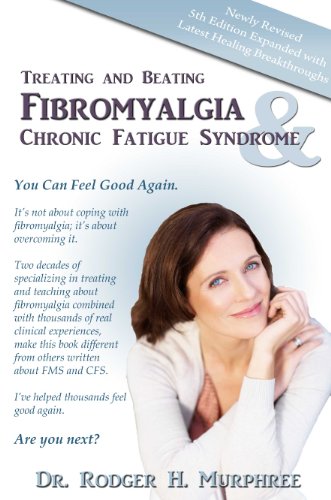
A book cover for Treating and Beating Fibromyalgia and Chronic Fatigue Syndrome; Rodger H. Murphree; Health, Fitness & Dieting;